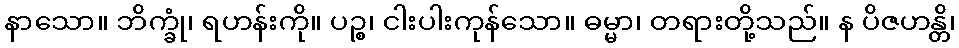
နာသော။ ဘိက္ခုံ၊ ရဟန်းကို။ ပဉ္စ၊ ငါးပါးကုန်သော။ ဓမ္မာ၊ တရားတို့သည်။ န ပိဇဟန္တိ၊